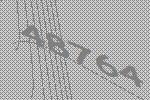
48764